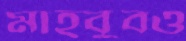
মাহবুবও